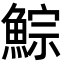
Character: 鯮